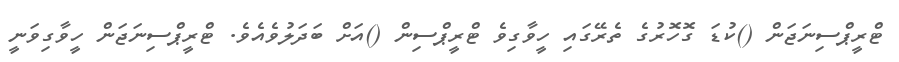
ޓްރީޕްސިނަޖަން ()ކުޑަ ގޮހޮރުގެ ތެރޭގައި ހީވާގިވެ ޓްރީޕްސިން ()އަށް ބަދަލުވެއެވެ. ޓްރީޕްސިނަޖަން ހީވާގިވަނީ